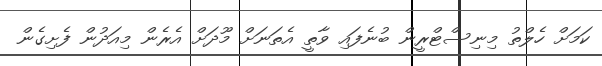
ކަމަށް ހެލްތު މިނިސްޓްރީން ބުނެފައި ވާތީ އެތަނަށް މޫދަށް އެރެން މިއަދުން ފެށިގެން